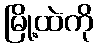
မြို့ထဲကို